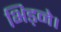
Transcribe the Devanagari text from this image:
भिड़ने।